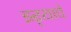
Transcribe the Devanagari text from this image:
झ्ऱ्याचे